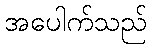
အပေါက်သည်